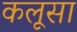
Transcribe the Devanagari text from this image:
कलूसा